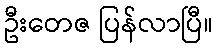
ဦးတေဇ ပြန်လာပြီ။